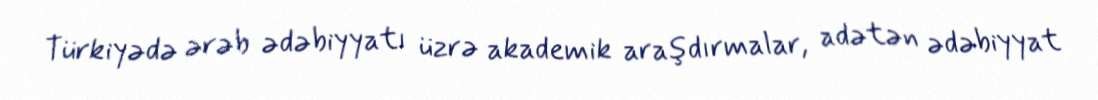
Türkiyədə ərəb ədəbiyyatı üzrə akademik araşdırmalar, adətən ədəbiyyat